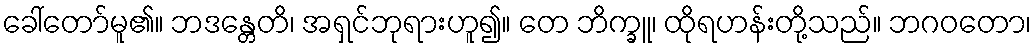
ခေါ်တော်မူ၏။ ဘဒန္တေတိ၊ အရှင်ဘုရားဟူ၍။ တေ ဘိက္ခူ၊ ထိုရဟန်းတို့သည်။ ဘဂဝတော၊